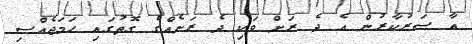
އާ ސަރުކާރުން އެ ދެ ރަށް ވަކި ދެ ރަށެއްގެ ގޮތުގައި ހަމަޖެއްސި